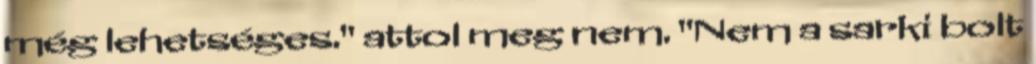
még lehetséges." attol meg nem. "Nem a sarki bolt